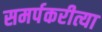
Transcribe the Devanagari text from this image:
समर्पकरीत्या